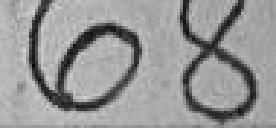
68